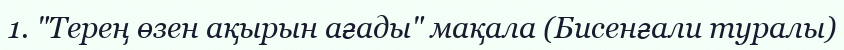
1. "Терең өзен ақырын ағады" мақала (Бисенғали туралы)